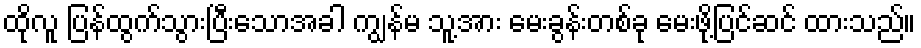
ထိုလူ ပြန်ထွက်သွားပြီးသောအခါ ကျွန်မ သူ့အား မေးခွန်းတစ်ခု မေးဖို့ပြင်ဆင် ထားသည်။